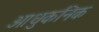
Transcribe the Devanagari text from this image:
आधुकनिक